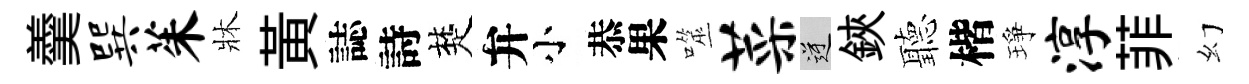
羹巽茱牀黄誌詩楚弁小恭果噬菜逆鋏聽楷琤淳菲幻